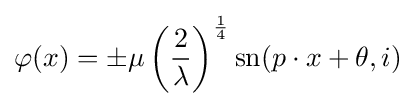
\varphi (x)=\pm \mu \left({\frac {2}{\lambda }}\right)^{1 \over 4}{\rm {sn}}(p\cdot x+\theta ,i)